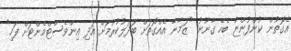
އެެގޮތުން ކުންފުންޏާ ބެހޭ ގާނޫނު "ޒަމާނާ އެއްގޮތަށް ބަދަލުކުރުމަށް އަދި އިންވެސްޓްމެންޓަށް ފަހި"